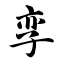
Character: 孪